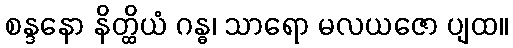
စန္ဒနော နိတ္ထိယံ ဂန္ဓ၊ သာရော မလယဇော ပျထ။